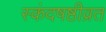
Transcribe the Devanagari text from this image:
स्कंदषष्ठीव्रत